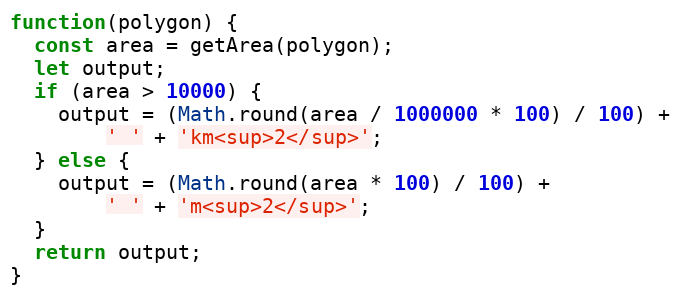
Language: JavaScript
function(polygon) {
  const area = getArea(polygon);
  let output;
  if (area > 10000) {
    output = (Math.round(area / 1000000 * 100) / 100) +
        ' ' + 'km<sup>2</sup>';
  } else {
    output = (Math.round(area * 100) / 100) +
        ' ' + 'm<sup>2</sup>';
  }
  return output;
}